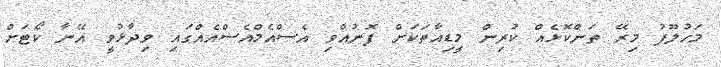
މަހުލޫފު މިރޭ ތަންކޮޅެއް ކުރިން މީޑިއާތަކަށް ފޮނުއްވި އެސްއެމްއެސްއެއްގައި ވިދާޅުވީ އޭނާ ކޯޓަށް